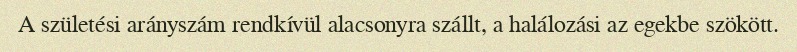
A születési arányszám rendkívül alacsonyra szállt, a halálozási az egekbe szökött.